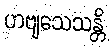
ဟဗျသေသန္တိ